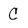
Character: C